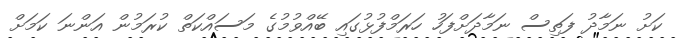
ކަށު ނަމާދު ފަތިސް ނަމާދަށްފަހު ހަރަމްފުޅުގައި ބޭއްވުމުގެ މަސައްކަތް ކުރަމުން އަންނަ ކަމަށް